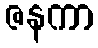
ဇနကာ